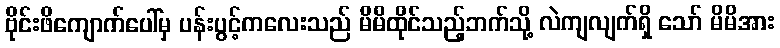
ဗိုင်းဖိကျောက်ပေါ်မှ ပန်းပွင့်ကလေးသည် မိမိထိုင်သည့်ဘက်သို့ လဲကျလျက်ရှိ သော် မိမိအား